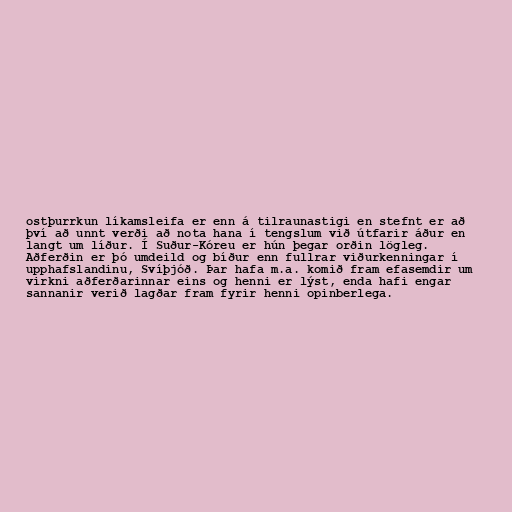
ostþurrkun líkamsleifa er enn á tilraunastigi en stefnt er að
því að unnt verði að nota hana í tengslum við útfarir áður en
langt um líður. Í Suður-Kóreu er hún þegar orðin lögleg.
Aðferðin er þó umdeild og bíður enn fullrar viðurkenningar í
upphafslandinu, Svíþjóð. Þar hafa m.a. komið fram efasemdir um
virkni aðferðarinnar eins og henni er lýst, enda hafi engar
sannanir verið lagðar fram fyrir henni opinberlega.